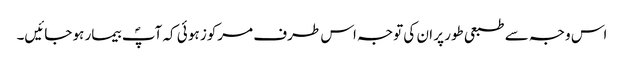
اس وجہ سے طبعی طور پر ان کی توجہ اس طرف مرکوز ہو ئی کہ آپؐ بیمار ہو جائیں۔